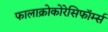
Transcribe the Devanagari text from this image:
फालाक्रोकोरेसिफॉर्म्स